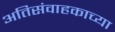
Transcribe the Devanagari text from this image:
अतिसंवाहकाच्या